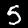
Label: 5